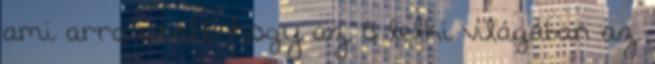
ami arra utalt, hogy az õ lelki világában az